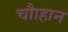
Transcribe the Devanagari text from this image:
चौाहान